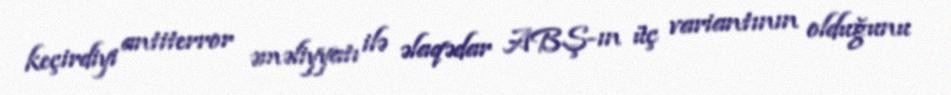
keçirdiyi antiterror əməliyyatı ilə əlaqədar ABŞ-ın üç variantının olduğunu